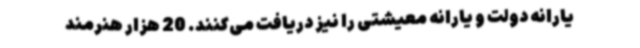
یارانه دولت و یارانه معیشتی را نیز دریافت می‌کنند. 20 هزار هنرمند